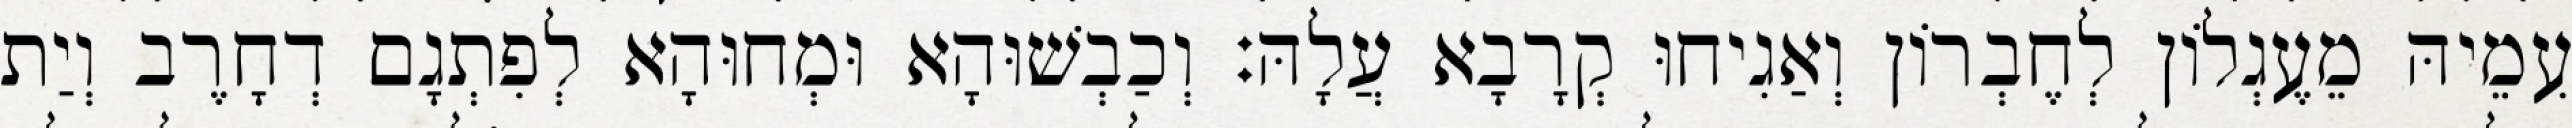
עִמֵיהּ מֵעֶגְלוֹן לְחֶבְרוֹן וְאַגִיחוּ קְרָבָא עֲלָהּ׃ וְכַבְשׁוּהָא וּמְחוּהָא לְפִתְגָם דְחָרֶב וְיַת